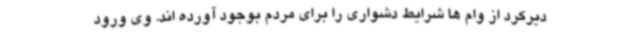
دیرکرد از وام ها شرایط دشواری را برای مردم بوجود آورده اند. وی ورود